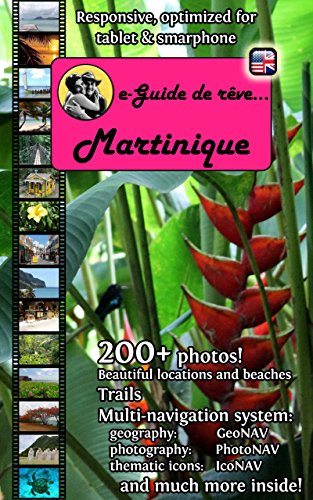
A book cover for e-Guide de rÃªve: Martinique: Discover the Caribbean "Flower island" with a French touch !; Cristina RebiÃ¨re; Travel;